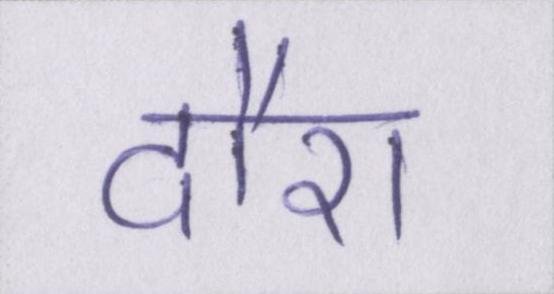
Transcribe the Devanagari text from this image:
दौरा